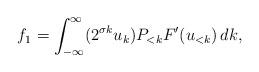
LaTeX: \begin{align*}f_1 = \int_{-\infty}^\infty (2^{\sigma k} u_k) P_{<k} F'(u_{<k}) \, dk,\end{align*}